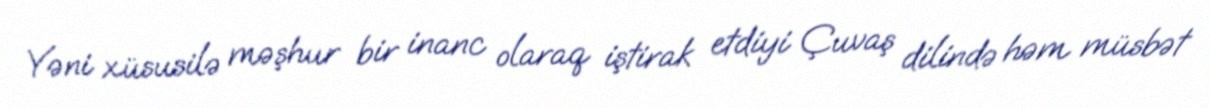
Yəni xüsusilə məşhur bir inanc olaraq iştirak etdiyi Çuvaş dilində həm müsbət